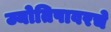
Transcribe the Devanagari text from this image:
ज्योतिषावरचे